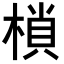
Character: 𭫖